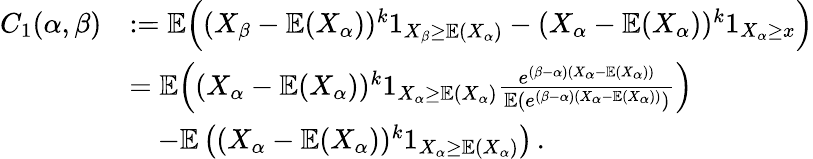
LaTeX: \begin{array}{rl}{C_{1}(\alpha,\beta)}&{:=\mathbb{E}\Big((X_{\beta}-\mathbb{E}(X_{\alpha}))^{k}1_{X_{\beta}\geq\mathbb{E}(X_{\alpha})}-(X_{\alpha}-\mathbb{E}(X_{\alpha}))^{k}1_{X_{\alpha}\geq x}\Big)}\\ &{=\mathbb{E}\Big((X_{\alpha}-\mathbb{E}(X_{\alpha}))^{k}1_{X_{\alpha}\geq\mathbb{E}(X_{\alpha})}\frac{e^{(\beta-\alpha)(X_{\alpha}-\mathbb{E}(X_{\alpha}))}}{\mathbb{E}(e^{(\beta-\alpha)(X_{\alpha}-\mathbb{E}(X_{\alpha}))})}\Big)}\\ &{\quad-\mathbb{E}\left((X_{\alpha}-\mathbb{E}(X_{\alpha}))^{k}1_{X_{\alpha}\geq\mathbb{E}(X_{\alpha})}\right)\, .}\end{array}